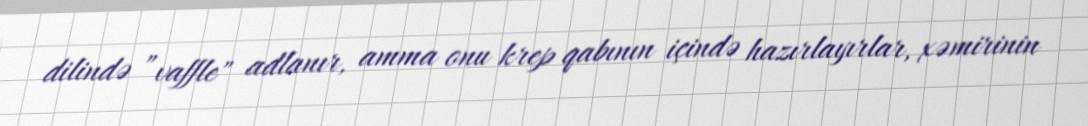
dilində ”vaffle" adlanır, amma onu krep qabının içində hazırlayırlar, xəmirinin